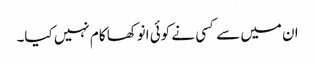
ان میں سے کسی نے کوئی انوکھا کام نہیں کیا۔